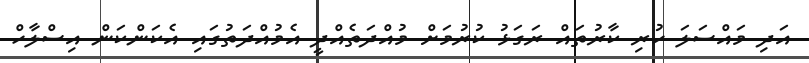
އަދި މައްސަލަ ހުރި ކާރުތައް ރަގަޅު ކުރުމަށް މުއްދަތެއްދީ އެމުއްދަތުގައި އެކަންކަން އިސްލާހް